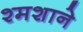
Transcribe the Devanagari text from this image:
श्मशाने